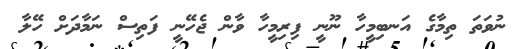
ނުވަތަ ތިމާގެ އަނބިމީހާ ނޫނީ ފިރިމީހާ ވާން ޖެހޭނީ ފަތިސް ނަމާދަށް ހޭލާ